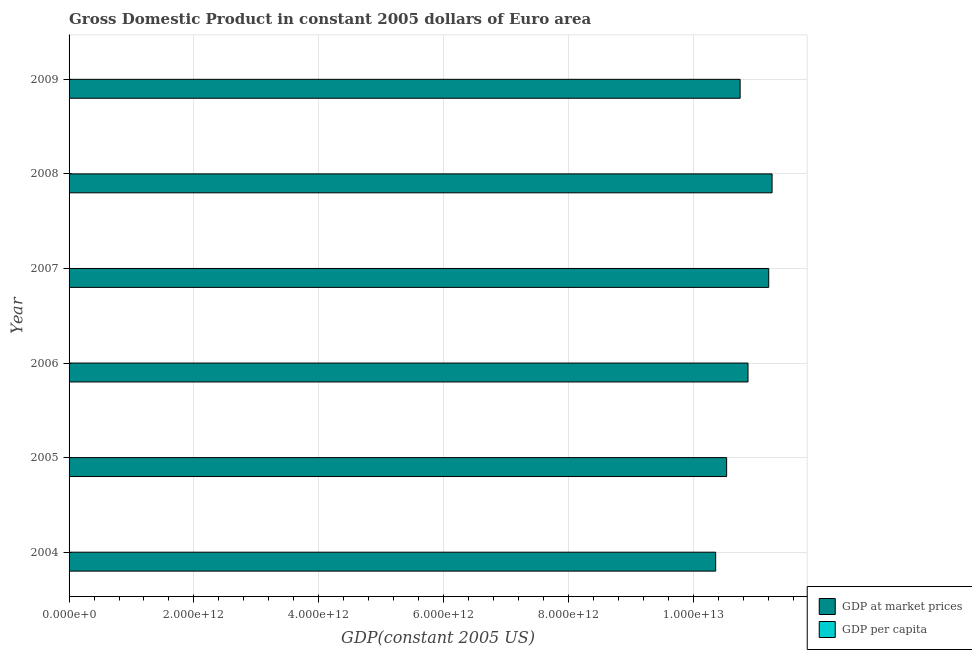
| Year | GDP at market prices | GDP per capita |
 | --- | --- | --- |
 | 2004 | 1.04e+13 | 3.16e+04 |
 | 2005 | 1.05e+13 | 3.2e+04 |
 | 2006 | 1.09e+13 | 3.29e+04 |
 | 2007 | 1.12e+13 | 3.37e+04 |
 | 2008 | 1.13e+13 | 3.37e+04 |
 | 2009 | 1.08e+13 | 3.21e+04 |